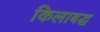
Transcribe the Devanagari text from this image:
किलाबद्ध